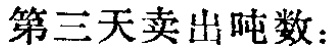
第三天卖出吨数：